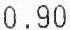
0.90